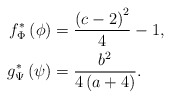
\begin{align*}f^{*}_\Phi \left(\phi\right) & =\frac{\left(c-2\right)^{2}}{4}-1,\\g^{*}_\Psi\left(\psi\right) & =\frac{b^{2}}{4\left(a+4\right)}.\end{align*}